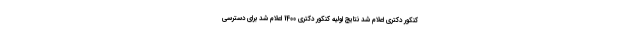
کنکور دکتری اعلام شد نتایج اولیه کنکور دکتری 1400 اعلام شد برای دسترسی